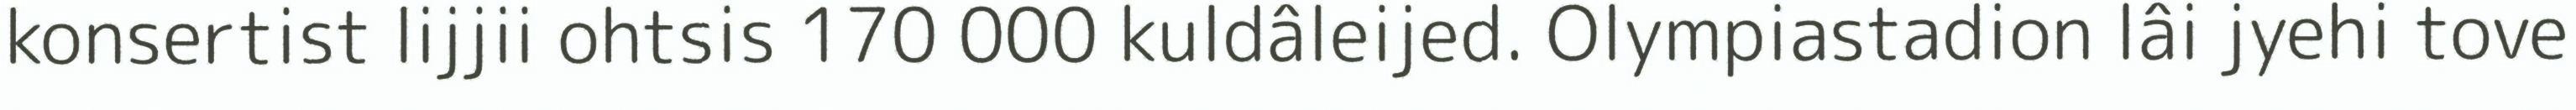
konsertist lijjii ohtsis 170 000 kuldâleijed. Olympiastadion lâi jyehi tove